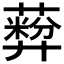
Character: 𬞦